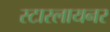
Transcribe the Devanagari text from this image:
स्टारलायनर